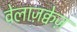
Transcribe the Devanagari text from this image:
वेलाज़क्वेज़